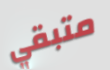
متبقي